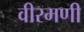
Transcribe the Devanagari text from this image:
वीरमणी